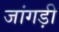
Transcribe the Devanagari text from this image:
जांगड़ी